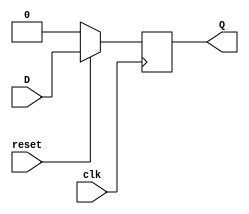
`timescale 1ns / 1ps
//////////////////////////////////////////////////////////////////////////////////
// Company: 
// Engineer: 
// 
// Design Name: 
// Module Name: SyncResetDFlipFlop
// Project Name: 
// Target Devices: 
// Tool Versions: 
// Description: 
// 
// Dependencies: 
// 
// Revision:
// Revision 0.01 - File Created
// Additional Comments:
// 
//////////////////////////////////////////////////////////////////////////////////


module SyncResetDFlipFlop(
input D,clk,reset,
output reg Q);

always@(posedge clk)
    begin
        if(!reset)
        begin
             Q <=1'd0;
        end
        else
        begin
             Q<=D;
        end
    end

endmodule